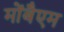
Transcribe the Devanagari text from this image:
मोंबैएम